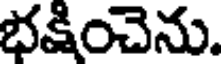
భక్షించెను.